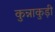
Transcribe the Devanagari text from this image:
कुन्नाकुड़ी